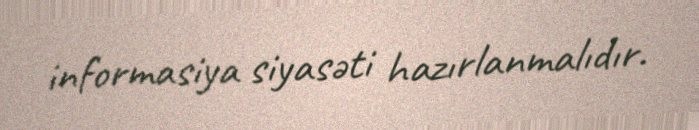
informasiya siyasəti hazırlanmalıdır.